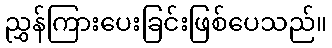
ညွှန်ကြားပေးခြင်းဖြစ်ပေသည်။